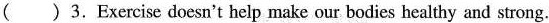
( )3.Exercise doesn't help make our bodies healthy and strong.